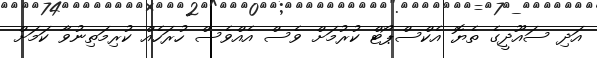
އަދި ސައޫދީގެ ތެޔޮ އެކްސްޕޯޓް ކުރުމަށް ވެސް އެއްވެސް ހުރަހެއް ކުރިމަތިނުވާ ކަމަށް